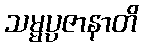
သမ္မပ္ပဇာနာတိ